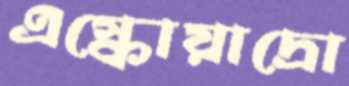
এস্কোয়াদ্রো